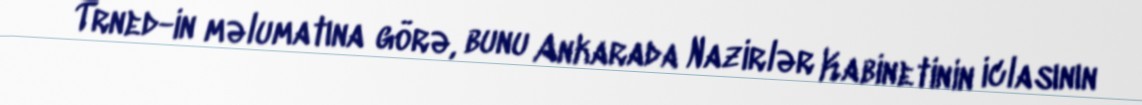
Trned-in məlumatına görə, bunu Ankarada Nazirlər Kabinetinin iclasının